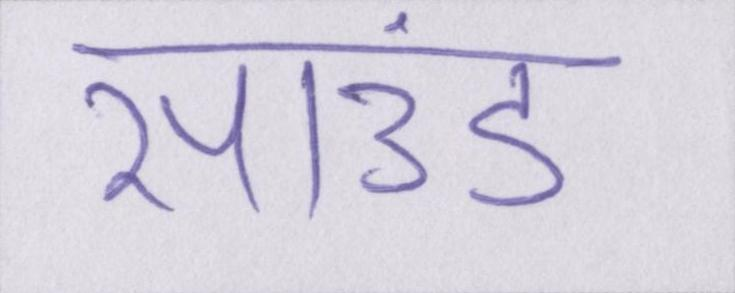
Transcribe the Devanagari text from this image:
साउंड